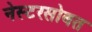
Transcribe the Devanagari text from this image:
नेस्टरसोबत